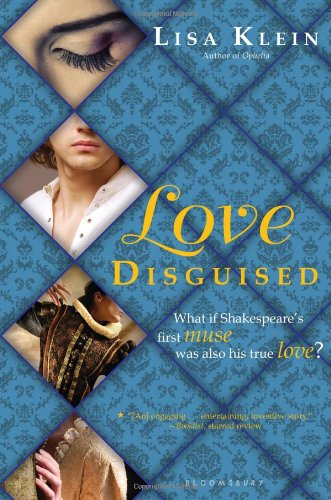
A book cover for Love Disguised; Lisa Klein; Teen & Young Adult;